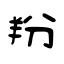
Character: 羒